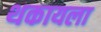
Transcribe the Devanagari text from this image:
थकायला